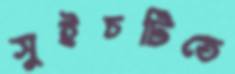
সুইচটিতে